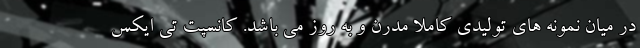
در میان نمونه های تولیدی کاملا مدرن و به روز می باشد. کانسپت تی ایکس